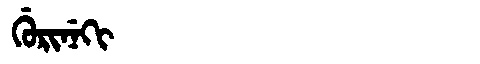
Manchu: ᡤᡠᡵᡳᠨᡝᡴᡳ
Romanization: GURINEKI